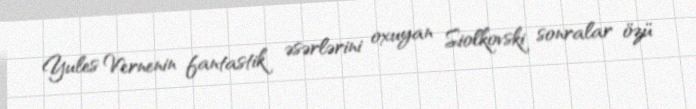
Yules Vernenin fantastik əsərlərini oxuyan Siolkovski sonralar özü